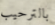
بالترحيب